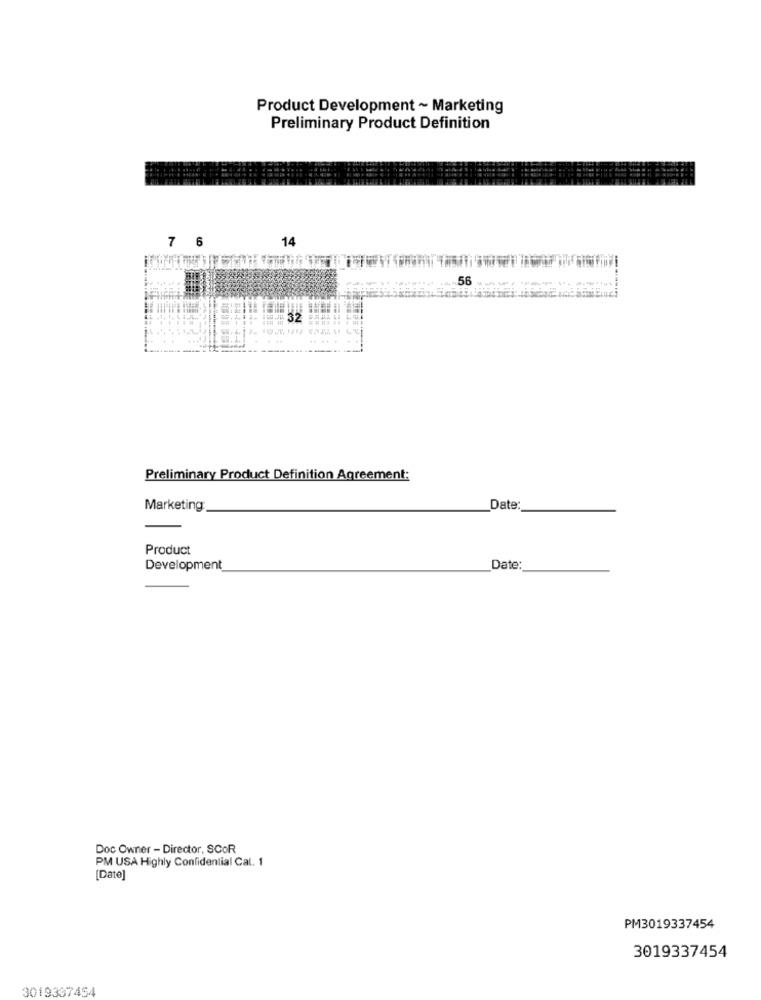
Product Development ~ Marketing
Preliminary Product Definition
14
7
56
Preliminary Product Definition Agreement:
Marketing
Date:
Product
Development
Date:
Doc Owner - Director, SCOR
PM USA Highly Confidential Cal. 1
[Date]
PM3019337454
3019337454
3019337454